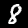
Label: 8